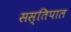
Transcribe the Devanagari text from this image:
सस्तिपाल